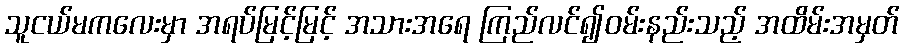
သူငယ်မကလေးမှာ အရပ်မြင့်မြင့် အသားအရေ ကြည်လင်၍ဝမ်းနည်းသည့် အထိမ်းအမှတ်